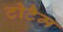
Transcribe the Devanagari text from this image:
टोटैम